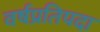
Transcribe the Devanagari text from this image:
वर्षप्रतिपदा